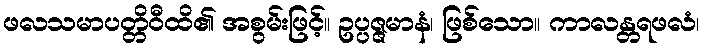
ဖလသမာပတ္တိဝီထိ၏ အစွမ်းဖြင့်။ ဥပ္ပဇ္ဇမာနံ၊ ဖြစ်သော။ ကာလန္တရဖလံ၊